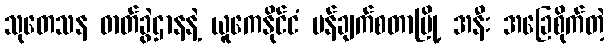
သုတေသန ဓာတ်ခွဲဌာနနဲ့ ယူကေနိုင်ငံ မန်ချက်စတာမြို့ အနီး အခြေစိုက်တဲ့